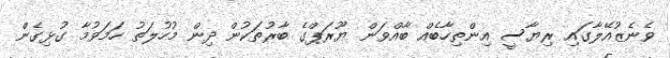
ވެނެޒުއޭލާގައި ރިޔާސީ އިންތިހާބެއް ބާއްވަން ޔޫރަޕްގެ ބާރުތަކުން ދިން މުހުލަތު ހަމަވުމާ ގުޅިގެން